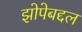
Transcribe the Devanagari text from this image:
झोपेबद्दल